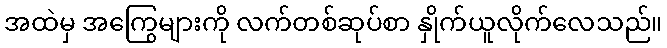
အထဲမှ အကြွေများကို လက်တစ်ဆုပ်စာ နှိုက်ယူလိုက်လေသည်။